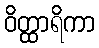
ဝိတ္ထာရိကာ